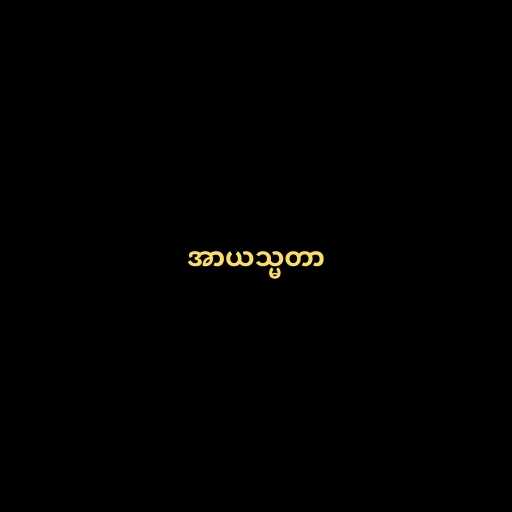
အာယသ္မတာ